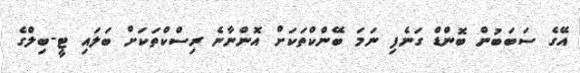
އޭގެ ސަބަބުން ބޮންޑް ގަނެފި ނަމަ ބޭންކްތަކަށް އޮންނާނެ ރިސްކްތަކަށް ބަލައި ޓީ-ބިލްގެ